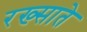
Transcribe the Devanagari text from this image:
रख्साते